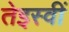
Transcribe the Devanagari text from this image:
तेइस्वीं